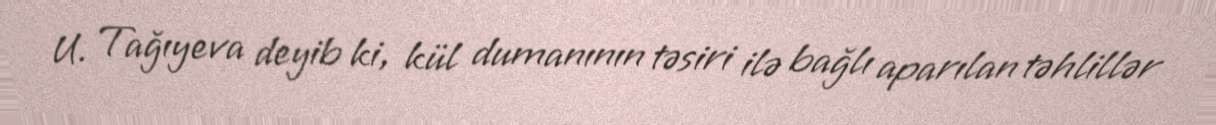
U. Tağıyeva deyib ki, kül dumanının təsiri ilə bağlı aparılan təhlillər